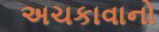
અચકાવાનો